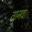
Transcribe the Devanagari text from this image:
तानवा